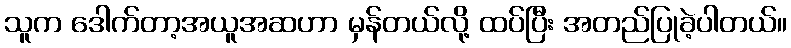
သူက ဒေါက်တာ့အယူအဆဟာ မှန်တယ်လို့ ထပ်ပြီး အတည်ပြုခဲ့ပါတယ်။